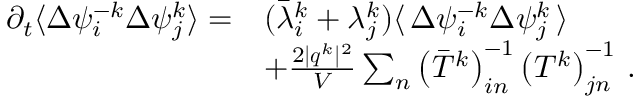
\begin{array} { r l } { \partial _ { t } \langle \Delta { { \psi } _ { i } ^ { - k } } \Delta { \psi } _ { j } ^ { k } \rangle = } & { ( \bar { \lambda } _ { i } ^ { k } + \lambda _ { j } ^ { k } ) \langle \, \Delta \psi _ { i } ^ { - k } \Delta \psi _ { j } ^ { k } \, \rangle } \\ & { + \frac { 2 \vert \boldsymbol { q } ^ { k } \vert ^ { 2 } } { V } \sum _ { n } \left( \bar { T } ^ { k } \right) _ { i n } ^ { - 1 } \left( T ^ { k } \right) _ { j n } ^ { - 1 } \, . } \end{array}